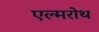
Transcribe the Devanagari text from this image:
एल्मरोथ